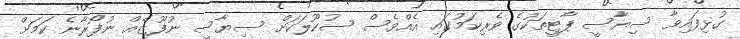
ގުޅިފައިވާ ސިޔާސީ ޕާޓީތަކުގެ ވެރިކަމުގައި އެއްވެސް ސުކޫލަކަށް ސިޔާސީ ނުފޫޒެއް ނުފޯރާނެ ކަމަށް